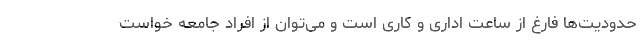
حدودیت‌ها فارغ از ساعت اداری و کاری است و می‌توان از افراد جامعه خواست